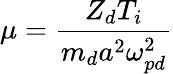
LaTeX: \mu=\frac{Z_{d}T_{i}}{m_{d}a^{2}\omega_{pd}^{2}}